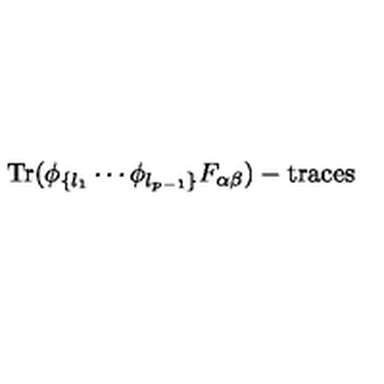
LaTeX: \mathrm { T r } ( \phi _ { \{ l _ { 1 } } \cdots \phi _ { l _ { p - 1 } \} } F _ { \alpha \beta } ) - \mathrm { t r a c e s }